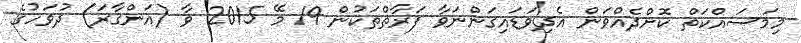
މިމަސައްކަތް ކޮށްދެއްވަން އެދިވަޑައިގަންނަވާ ފަރާތްތަކުން 19 މޭ 2015 ވާ (އަންގާރަ) ދުވަހުގެ